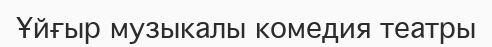
Ұйғыр музыкалы комедия театры